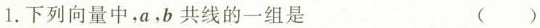
1.下列向量中,α,b共线的一组是 ( )